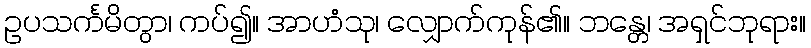
ဥပသင်္ကမိတွာ၊ ကပ်၍။ အာဟံသု၊ လျှောက်ကုန်၏။ ဘန္တေ၊ အရှင်ဘုရား။